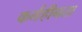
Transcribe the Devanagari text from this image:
कर्महीनता